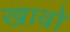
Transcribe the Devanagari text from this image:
खावो